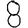
Digit: 8